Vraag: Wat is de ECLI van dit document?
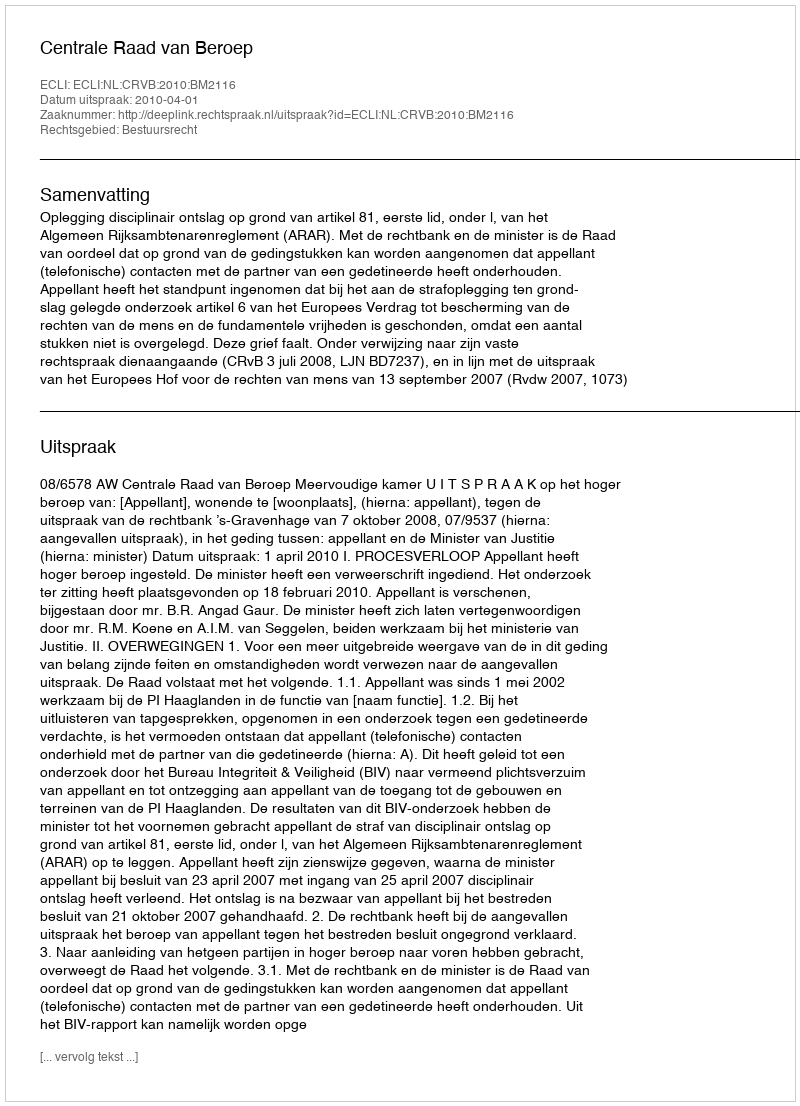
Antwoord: ECLI:NL:CRVB:2010:BM2116